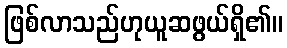
ဖြစ်လာသည်ဟုယူဆဖွယ်ရှိ၏။